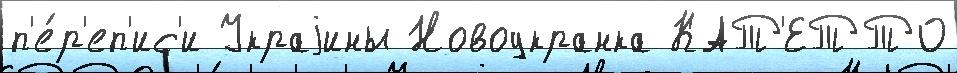
п'е́р'еп'ис'и Украjины Новоукранка КАТ'ЕТТО